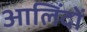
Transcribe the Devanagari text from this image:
आलिंदों